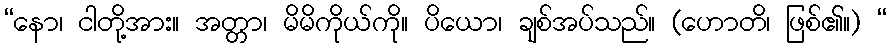
“နော၊ ငါတို့အား။ အတ္တာ၊ မိမိကိုယ်ကို။ ပိယော၊ ချစ်အပ်သည်။ (ဟောတိ၊ ဖြစ်၏။) “